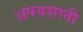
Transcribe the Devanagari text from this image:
अपयशानी